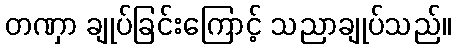
တဏှာ ချုပ်ခြင်းကြောင့် သညာချုပ်သည်။